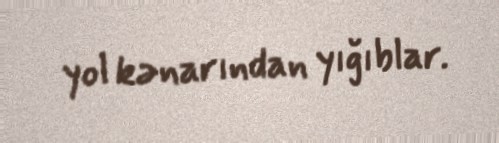
yol kənarından yığıblar.